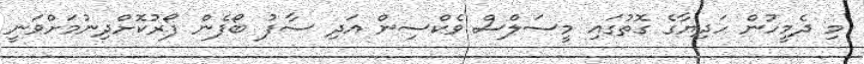
މި ދެމީހުން ހަދިޔާގެ ގޮތުގައި މީސަލްސް ވެކްސިން އަދި ސާފު ބޯފެން ފޯރުކޮށްދިނުމަށްވަނީ